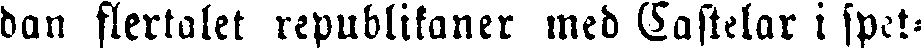
dan flertalet republikaner med Castelar i spet-